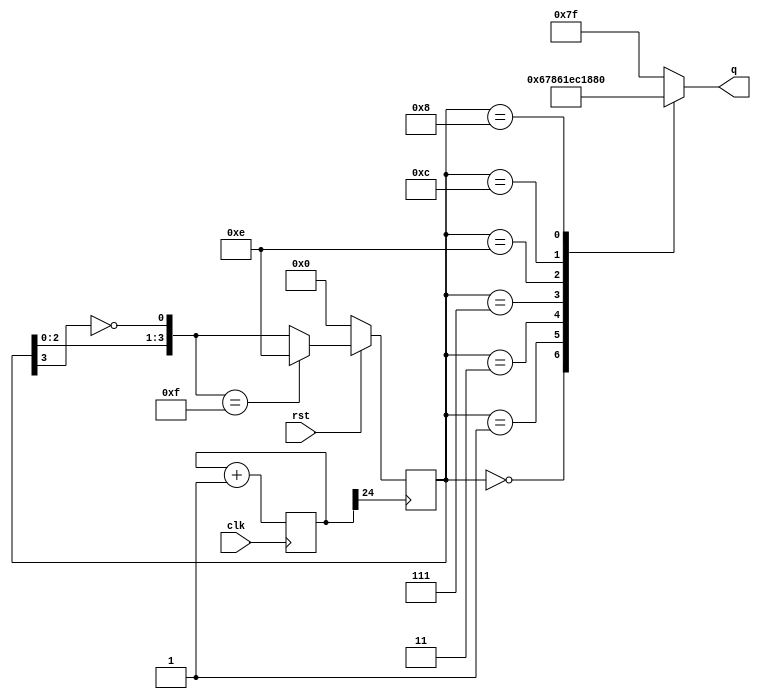
module project0313 (clk,rst,q);

input clk,rst;
output reg[0:6] q;

reg[3:0] json;
reg[25:1] div;

always@(posedge clk) begin
		div = div + 1'b1;
end

always@(posedge div[25])begin
	if(rst == 0)
		json = 4'b0000;
	else begin
	json = {json[2:0],~json[3]};
		if	(json == 4'b1111)
		json = 4'b1110; 
end
end

always@(*)begin
	case(json)
		4'b0000: q <= 7'b0000001;
		4'b0001: q <= 7'b1001111;
		4'b0011: q <= 7'b0000110;
		4'b0111: q <= 7'b0001111;
		4'b1110: q <= 7'b0110000;
		4'b1100: q <= 7'b0110001;
		4'b1000: q <= 7'b0000000;
		default: q <= 7'b1111111;
	endcase
end

endmodule